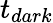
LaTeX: t_{dark}